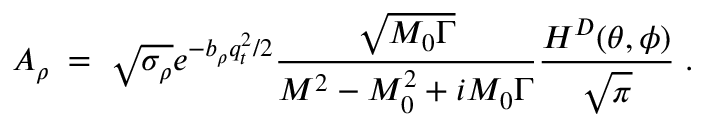
A _ { \rho } \; = \; \sqrt { \sigma _ { \rho } } e ^ { - b _ { \rho } q _ { t } ^ { 2 } / 2 } \frac { \sqrt { M _ { 0 } \Gamma } } { M ^ { 2 } - M _ { 0 } ^ { 2 } + i M _ { 0 } \Gamma } \frac { H ^ { D } ( \theta , \phi ) } { \sqrt { \pi } } \; .